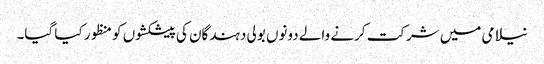
نیلامی میں شرکت کرنے والے دونوں بولی دہندگان کی پیشکشوں کو منظور کیا گیا۔